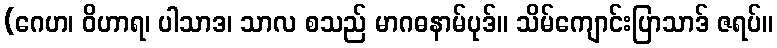
(ဂေဟ၊ ဝိဟာရ၊ ပါသာဒ၊ သာလ စသည် မာဂဓနာမ်ပုဒ်။ သိမ်ကျောင်းပြာသာဒ် ဇရပ်။